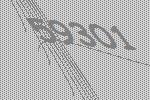
59301